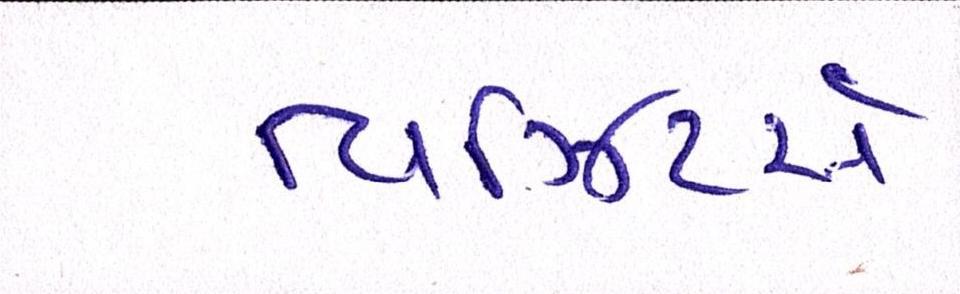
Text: વિઝિટર્સ